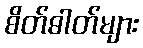
စိတ်ဓါတ်များ